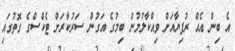
އެ ބިން އެއް ރުފިޔާއަށް ވިއްކާލުމުން ބިމުގެ އަގުން ސަރުކާރަށް ޓެކްސްގެ ގޮތުގައި